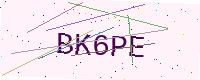
Text: BK6PE